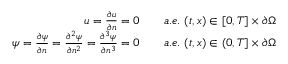
\begin{array} { r l } { u = \frac { \partial u } { \partial n } = 0 \quad } & { { } a . e . \ ( t , x ) \in [ 0 , T ] \times \partial \Omega } \\ { \psi = \frac { \partial \psi } { \partial n } = \frac { \partial ^ { 2 } \psi } { \partial n ^ { 2 } } = \frac { \partial ^ { 3 } \psi } { \partial n ^ { 3 } } = 0 \quad } & { { } a . e . \ ( t , x ) \in ( 0 , T ] \times \partial \Omega } \end{array}